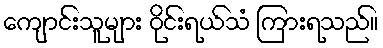
ကျောင်းသူများ ဝိုင်းရယ်သံ ကြားရသည်။